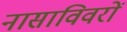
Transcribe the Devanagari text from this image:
नासाविवरों